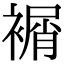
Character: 𧜔